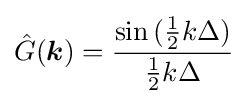
{\hat {G}}({\boldsymbol {k}})={\frac {\sin {({\frac {1}{2}}k\Delta )}}{{\frac {1}{2}}k\Delta }}